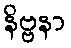
နိဗ္ဗနာ